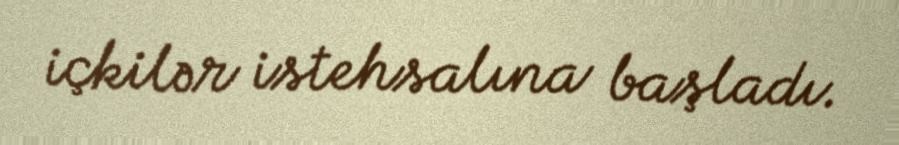
içkilər istehsalına başladı.